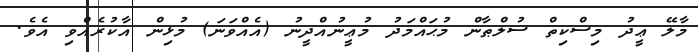
މާލޭ ޢީދު މިސްކިތް ސުލްޠާން މުޙައްމަދު މުޢީނުއްދީނު (އެއްވަނަ) މުޅިން އާކުރެއްވި އެވެ.